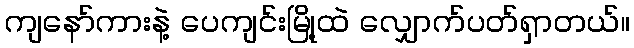
ကျနော်ကားနဲ့ ပေကျင်းမြို့ထဲ လျှောက်ပတ်ရှာတယ်။